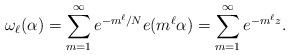
LaTeX: \begin{align*}\omega_{\ell}(\alpha)=\sum_{m=1}^{\infty} e^{-m^{\ell}/N} e(m^{\ell}\alpha)=\sum_{m=1}^{\infty} e^{-m^{\ell}z} .\end{align*}